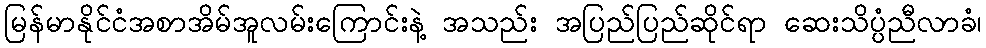
မြန်မာနိုင်ငံအစာအိမ်အူလမ်းကြောင်းနဲ့ အသည်း အပြည်ပြည်ဆိုင်ရာ ဆေးသိပ္ပံညီလာခံ၊